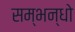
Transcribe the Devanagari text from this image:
सम्भन्धो